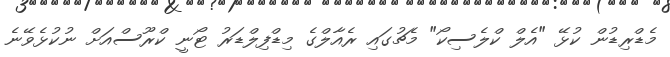
މެޑްރިޑުން ކުޅޭ "އެލް ކްލެސިކޯ" މެޗުގައި ރެއާލްގެ މިޑްފިލްޑަރު ޓޯނީ ކްރޫސްއަށް ނުކުޅެވޭނެ